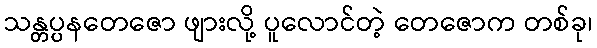
သန္တပ္ပနတေဇော ဖျားလို့ ပူလောင်တဲ့ တေဇောက တစ်ခု၊